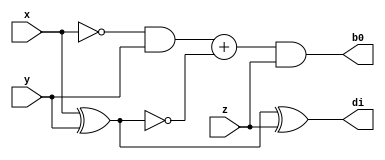
//20T118
module full_subractor(
    input x,y,z,
    output b0,di
    );
assign b0=(~x&y)+(~(x^y))&z;
assign di=(x^y)^z;

endmodule